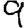
Digit: 9